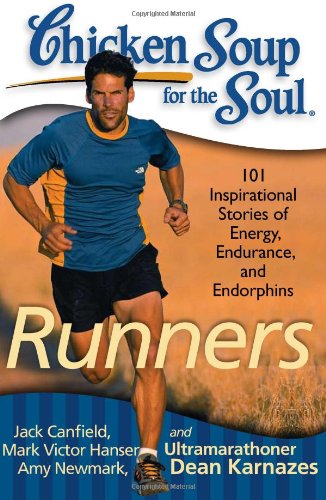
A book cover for Chicken Soup for the Soul: Runners: 101 Inspirational Stories of Energy, Endurance, and Endorphins; Jack Canfield; Health, Fitness & Dieting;